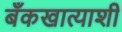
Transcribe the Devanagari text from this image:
बँकखात्याशी